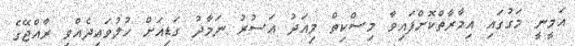
އަމީނީ މަގުގައި އިމާރާތްކޮށްފައިވާ މިސްކިތް މިއަދު އަސުރު ނަމާދު ގަޑިއަށް ހުލުވައިދެއްވީ ރާއްޖޭގެ